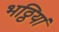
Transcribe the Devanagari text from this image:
भठ्ठियां